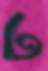
ঢ